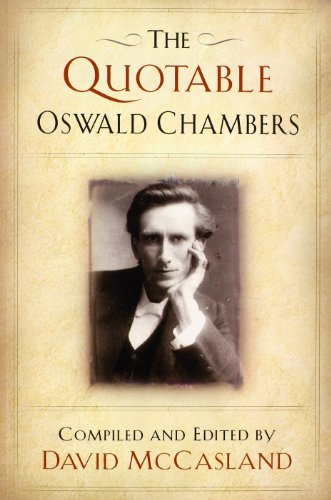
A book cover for The Quotable Oswald Chambers; Oswald Chambers; Christian Books & Bibles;